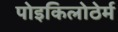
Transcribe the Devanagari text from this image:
पोइकिलोठेर्म